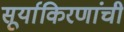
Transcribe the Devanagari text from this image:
सूर्याकिरणांची